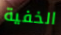
الخفية